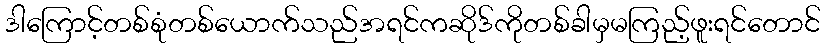
ဒါကြောင့်တစ်စုံတစ်ယောက်သည်အရင်ကဆိုဒ်ကိုတစ်ခါမှမကြည့်ဖူးရင်တောင်